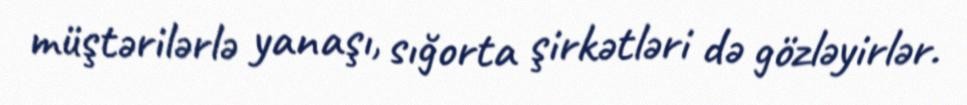
müştərilərlə yanaşı, sığorta şirkətləri də gözləyirlər.